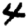
Digit: 4